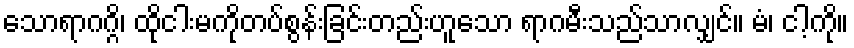
သောရာဂဂ္ဂိ၊ ထိုငါးမကိုတပ်စွန်းခြင်းတည်းဟူသော ရာဂမီးသည်သာလျှင်။ မံ၊ ငါ့ကို။